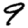
Digit: 9